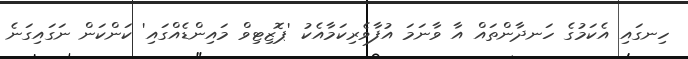
ހިނގައި އެކަމުގެ ހަނދާންތައް އާ ވާނަމަ އުފާވެރިކަމާއެކު 'ޕޮޒިޓިވް މައިންޑެއްގައި' ކަންކަން ނަގައިގަނެ